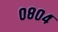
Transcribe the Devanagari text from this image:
०८०४